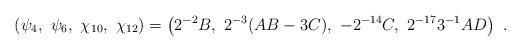
LaTeX: \begin{align*} \left( \psi_{4} ,\ \psi_{6} ,\ \chi_{10} ,\ \chi_{12} \right) &= \left( 2^{-2}B ,\ 2^{-3}(AB-3C) ,\ -2^{-14}C ,\ 2^{-17}3^{-1}AD \right) \ .\end{align*}